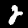
Label: 2